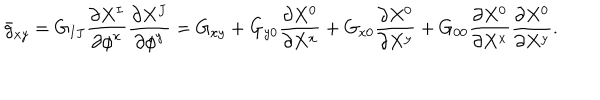
\bar { g } _ { x y } = G _ { I J } \frac { \partial { X ^ { I } } } { \partial { { \phi } ^ { x } } } \frac { \partial { X ^ { J } } } { \partial { { \phi } ^ { y } } } = G _ { x y } + G _ { y 0 } \frac { \partial { X ^ { 0 } } } { \partial { X ^ { x } } } + G _ { x 0 } \frac { \partial { X ^ { 0 } } } { \partial { X ^ { y } } } + G _ { 0 0 } \frac { \partial { X ^ { 0 } } } { \partial { X ^ { x } } } \frac { \partial { X ^ { 0 } } } { \partial { X ^ { y } } } .